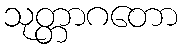
သုတ္တာဂတော